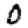
Digit: 0